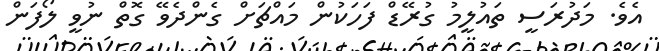
އެވެ. މަދުރަސީ ތައުލީމު ގުރޭޑް ފަހަކުން މައްޗަށް ގެންދެވޭ ގޮތް ނުވީ ލޯފަން